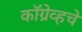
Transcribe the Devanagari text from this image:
कॉग्रेव्हचे